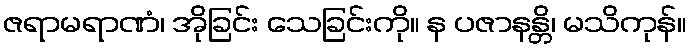
ဇရာမရာဏံ၊ အိုခြင်း သေခြင်းကို။ န ပဇာနန္တိ၊ မသိကုန်။